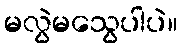
မလွဲမသွေပါပဲ။